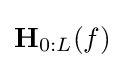
\mathbf {H} _{0:L}(f)